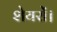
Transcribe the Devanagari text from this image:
शेयरों।